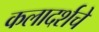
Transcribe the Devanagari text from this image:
कलादर्शचे